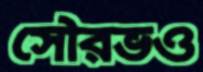
সৌরভও